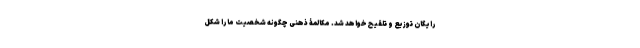
رایگان توزیع و تلقیح خواهد شد. مکالمۀ ذهنی چگونه شخصیت ما را شکل